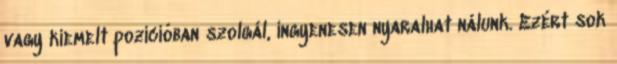
vagy kiemelt pozícióban szolgál, ingyenesen nyaralhat nálunk. Ezért sok